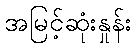
အမြင့်ဆုံးနှုန်း